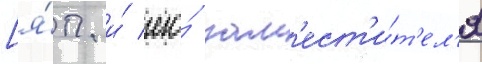
[я́п. и́ его́ зам'ест'и́т'ел'я